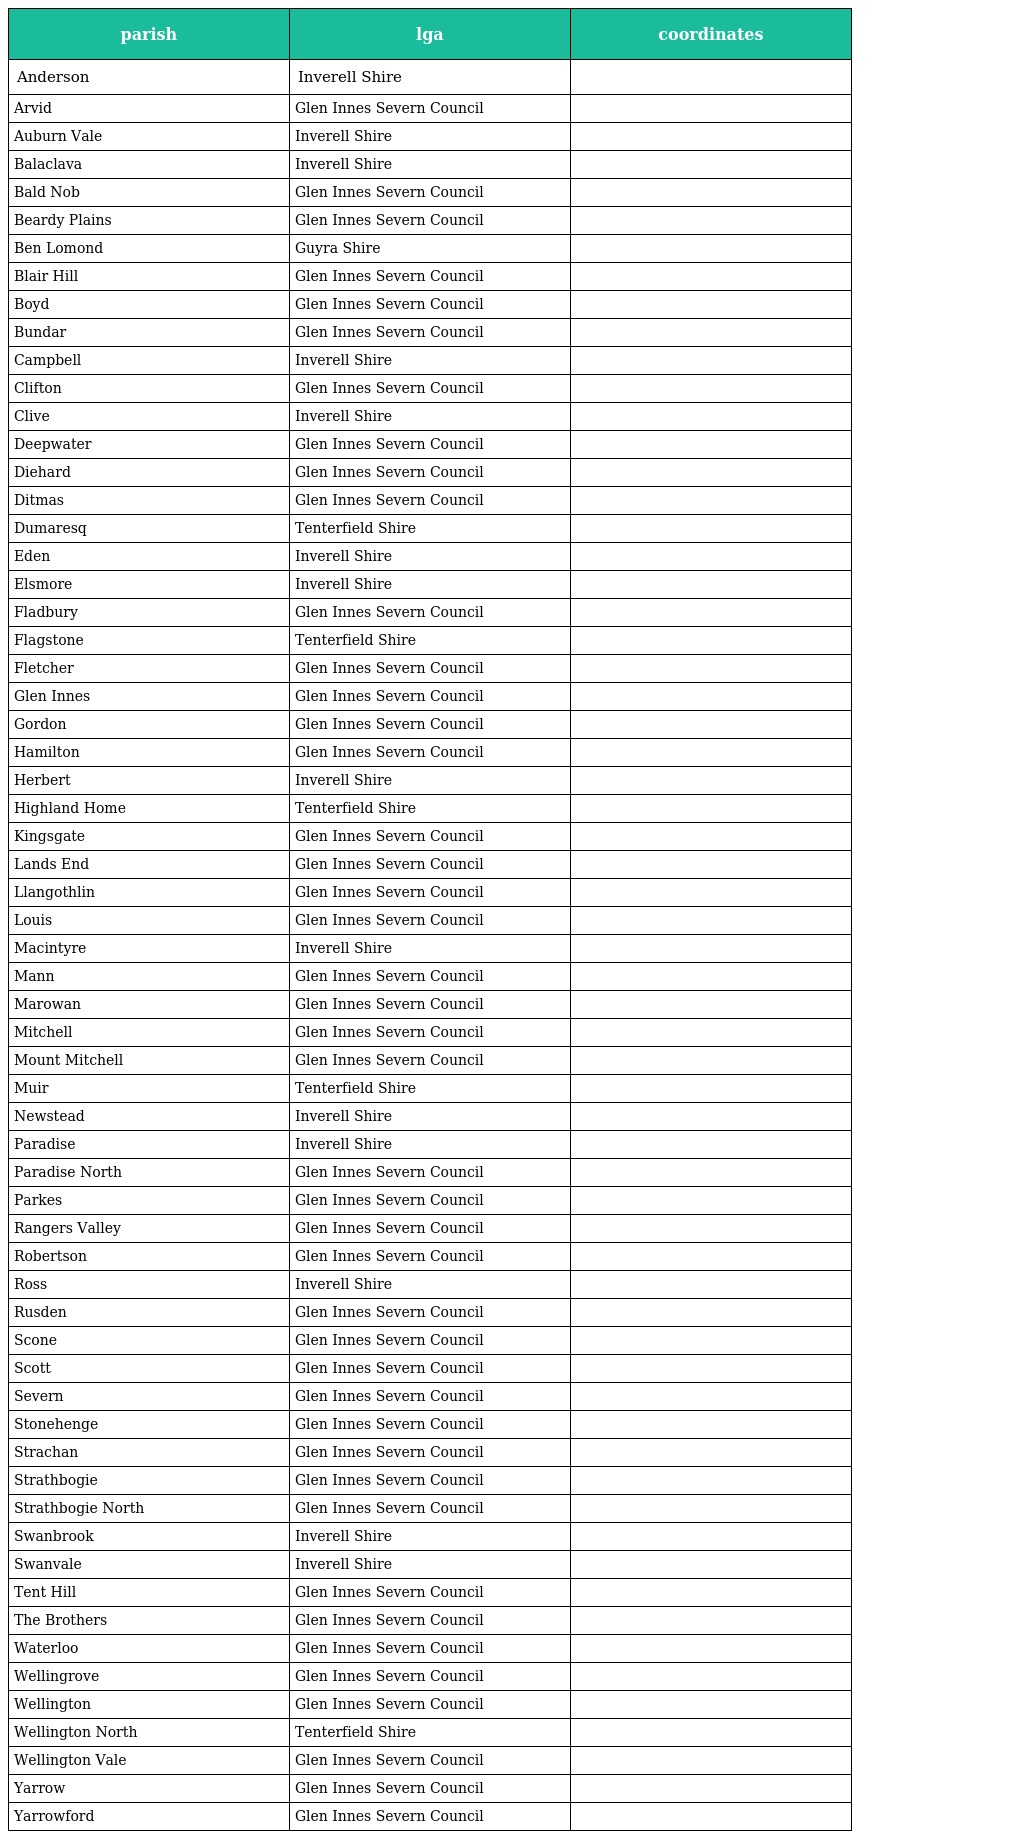
| parish | lga | coordinates |
 | --- | --- | --- |
 | Anderson | Inverell Shire |  |
 | Arvid | Glen Innes Severn Council |  |
 | Auburn Vale | Inverell Shire |  |
 | Balaclava | Inverell Shire |  |
 | Bald Nob | Glen Innes Severn Council |  |
 | Beardy Plains | Glen Innes Severn Council |  |
 | Ben Lomond | Guyra Shire |  |
 | Blair Hill | Glen Innes Severn Council |  |
 | Boyd | Glen Innes Severn Council |  |
 | Bundar | Glen Innes Severn Council |  |
 | Campbell | Inverell Shire |  |
 | Clifton | Glen Innes Severn Council |  |
 | Clive | Inverell Shire |  |
 | Deepwater | Glen Innes Severn Council |  |
 | Diehard | Glen Innes Severn Council |  |
 | Ditmas | Glen Innes Severn Council |  |
 | Dumaresq | Tenterfield Shire |  |
 | Eden | Inverell Shire |  |
 | Elsmore | Inverell Shire |  |
 | Fladbury | Glen Innes Severn Council |  |
 | Flagstone | Tenterfield Shire |  |
 | Fletcher | Glen Innes Severn Council |  |
 | Glen Innes | Glen Innes Severn Council |  |
 | Gordon | Glen Innes Severn Council |  |
 | Hamilton | Glen Innes Severn Council |  |
 | Herbert | Inverell Shire |  |
 | Highland Home | Tenterfield Shire |  |
 | Kingsgate | Glen Innes Severn Council |  |
 | Lands End | Glen Innes Severn Council |  |
 | Llangothlin | Glen Innes Severn Council |  |
 | Louis | Glen Innes Severn Council |  |
 | Macintyre | Inverell Shire |  |
 | Mann | Glen Innes Severn Council |  |
 | Marowan | Glen Innes Severn Council |  |
 | Mitchell | Glen Innes Severn Council |  |
 | Mount Mitchell | Glen Innes Severn Council |  |
 | Muir | Tenterfield Shire |  |
 | Newstead | Inverell Shire |  |
 | Paradise | Inverell Shire |  |
 | Paradise North | Glen Innes Severn Council |  |
 | Parkes | Glen Innes Severn Council |  |
 | Rangers Valley | Glen Innes Severn Council |  |
 | Robertson | Glen Innes Severn Council |  |
 | Ross | Inverell Shire |  |
 | Rusden | Glen Innes Severn Council |  |
 | Scone | Glen Innes Severn Council |  |
 | Scott | Glen Innes Severn Council |  |
 | Severn | Glen Innes Severn Council |  |
 | Stonehenge | Glen Innes Severn Council |  |
 | Strachan | Glen Innes Severn Council |  |
 | Strathbogie | Glen Innes Severn Council |  |
 | Strathbogie North | Glen Innes Severn Council |  |
 | Swanbrook | Inverell Shire |  |
 | Swanvale | Inverell Shire |  |
 | Tent Hill | Glen Innes Severn Council |  |
 | The Brothers | Glen Innes Severn Council |  |
 | Waterloo | Glen Innes Severn Council |  |
 | Wellingrove | Glen Innes Severn Council |  |
 | Wellington | Glen Innes Severn Council |  |
 | Wellington North | Tenterfield Shire |  |
 | Wellington Vale | Glen Innes Severn Council |  |
 | Yarrow | Glen Innes Severn Council |  |
 | Yarrowford | Glen Innes Severn Council |  |